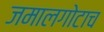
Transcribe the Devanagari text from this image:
जमालगोटाच